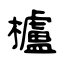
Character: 櫨